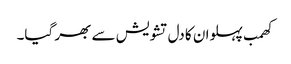
کھمب پہلوان کا دل تشویش سے بھر گیا۔